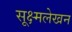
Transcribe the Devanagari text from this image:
सूक्ष्मलेखन